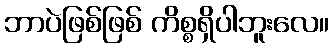
ဘာပဲဖြစ်ဖြစ် ကိစ္စရှိပါဘူးလေ။